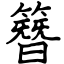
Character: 簪